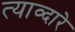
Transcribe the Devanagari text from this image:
त्याव्दारे